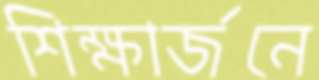
শিক্ষার্জনে